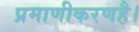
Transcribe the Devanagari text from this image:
प्रमाणीकरणहै।